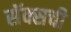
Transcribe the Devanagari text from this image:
सॅक्सची